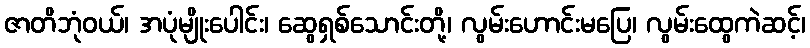
ဇာတိဘုံဝယ်၊ အပုံမျိုးပေါင်း၊ ဆွေရှစ်သောင်းတို့၊ လွမ်းဟောင်းမပြေ၊ လွမ်းထွေကဲဆင့်၊